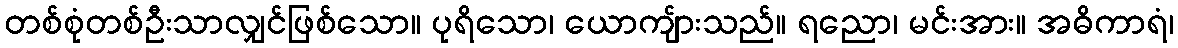
တစ်စုံတစ်ဦးသာလျှင်ဖြစ်သော။ ပုရိသော၊ ယောကျ်ားသည်။ ရညော၊ မင်းအား။ အဓိကာရံ၊